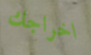
اخراجك